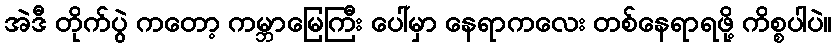
အဲဒီ တိုက်ပွဲ ကတော့ ကမ္ဘာမြေကြီး ပေါ်မှာ နေရာကလေး တစ်နေရာရဖို့ ကိစ္စပါပဲ။